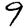
Digit: 9